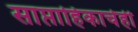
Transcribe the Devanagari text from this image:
साप्ताहिकाचेही